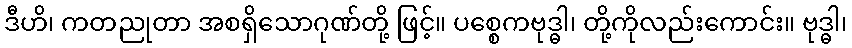
ဒီဟိ၊ ကတညုတာ အစရှိသောဂုဏ်တို့ ဖြင့်။ ပစ္စေကဗုဒ္ဓါ၊ တို့ကိုလည်းကောင်း။ ဗုဒ္ဓါ၊